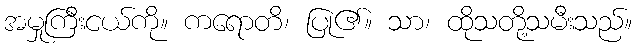
အမှုကြီးငယ်ကို။ ကရောတိ၊ ပြု၏။ သာ၊ ထိုသတို့သမီးသည်။